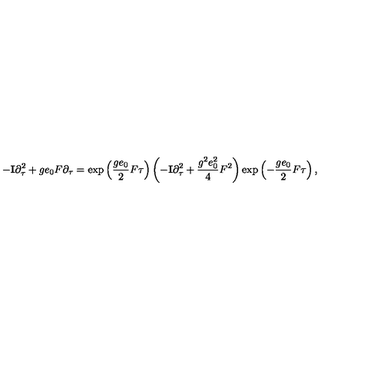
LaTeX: - { \bf I } \partial \sb \tau \sp 2 + g e \sb 0 F \partial \sb \tau = \exp \left( \frac { g e \sb 0 } { 2 } F \tau \right) \left( - { \bf I } \partial \sb \tau \sp 2 + \frac { g \sp 2 e \sb 0 \sp 2 } { 4 } F \sp 2 \right) \exp \left( - \frac { g e \sb 0 } { 2 } F \tau \right) ,